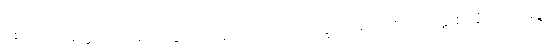
စေတောဝိမုတ္တိယာ သမာပတ္တိယာ။ ဣဓာဝုသော, ဘိက္ခု သုခဿ စ စတုတ္ထံ ဈာနံ ဥပသမ္ပဇ္ဇ